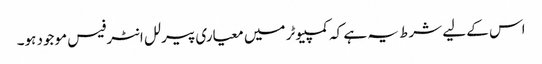
اس کے لیے شرط یہ ہے کہ کمپیوٹر میں معیاری پیرلل انٹرفیس موجود ہو۔